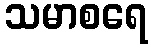
သမာစရေ